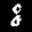
Label: 8